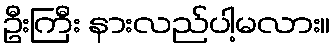
ဦးကြီး နားလည်ပါ့မလား။